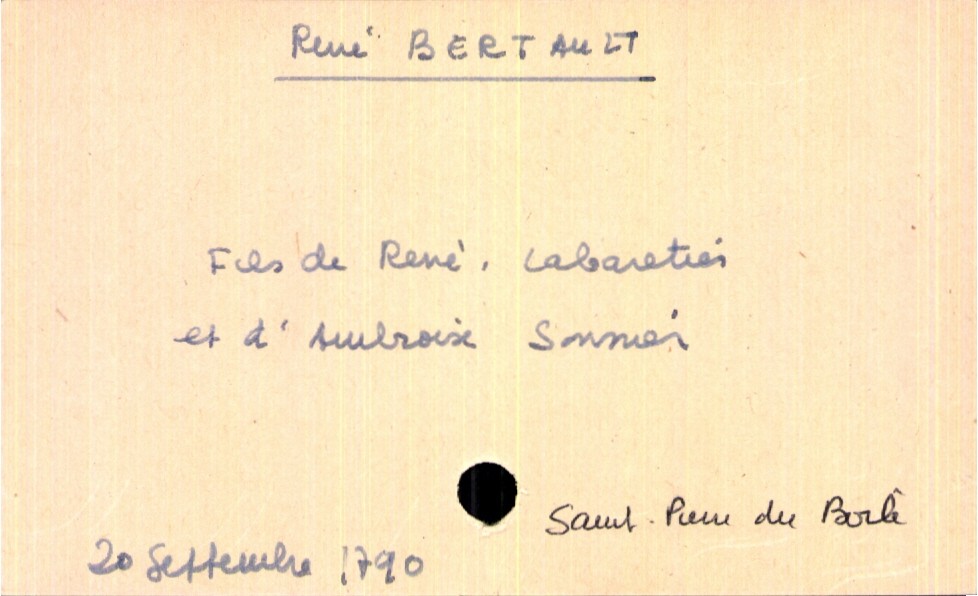
type_acte: Baptême
filiation: fils
enfant_prénom: René
enfant_date_de_naissance: 20 septembre 1790
enfant_lieu_de_naissance: Saint Pierre du Boile
père_enfant_nom: Bertault
père_enfant_prénom: René
père_enfant_profession: cabaretier
mère_enfant_nom: Sonnier
mère_enfant_prénom: Ambroise